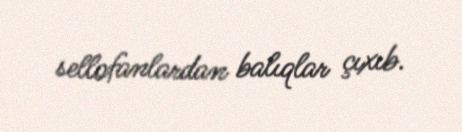
sellofanlardan balıqlar çıxıb.